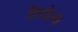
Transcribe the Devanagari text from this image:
रियोन्स